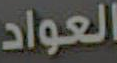
العواد